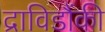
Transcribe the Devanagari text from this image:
द्राविडौंकी